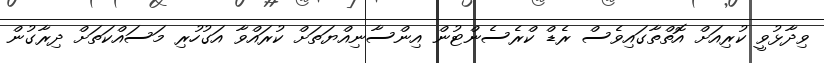
ވިދާޅުވީ ކުރިއަށް އޮތްތާގައިވެސް ރެޑް ކްރެސެންޓުން އިންސާނިއްޔަތަށް ކުރައްވާ އަގުހުރި މަސައްކަތަށް ދިރާގުން